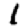
Digit: 1